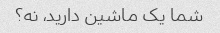
شما یک ماشین دارید، نه؟